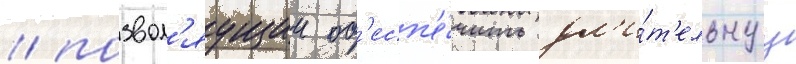
/ позвол'яущии об'есп'е́чить дл'и́т'ельнуу